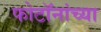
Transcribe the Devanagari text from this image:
फोटॉनांच्या